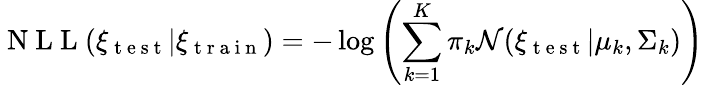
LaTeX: \mathrm{~N~L~L~}(\xi_{\mathrm{~t~e~s~t~}}|\xi_{\mathrm{~t~r~a~i~n~}})=-\log\left(\sum_{k=1}^{K}\pi_{k}\mathcal{N}(\xi_{\mathrm{~t~e~s~t~}}|\mu_{k},\Sigma_{k})\right)